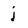
Character: j